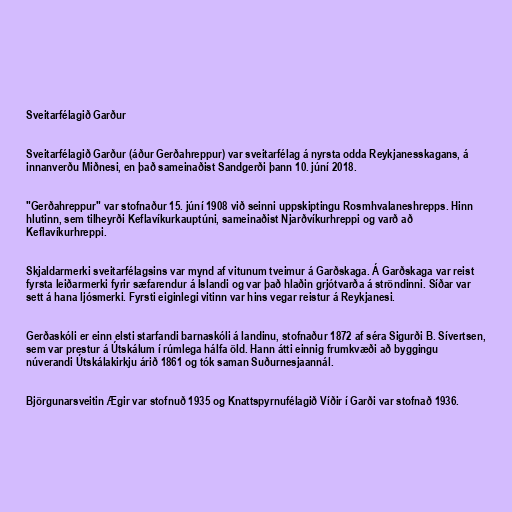
Sveitarfélagið Garður

Sveitarfélagið Garður (áður Gerðahreppur) var sveitarfélag á nyrsta odda Reykjanesskagans, á
innanverðu Miðnesi, en það sameinaðist Sandgerði þann 10. júní 2018.

"Gerðahreppur" var stofnaður 15. júní 1908 við seinni uppskiptingu Rosmhvalaneshrepps. Hinn
hlutinn, sem tilheyrði Keflavíkurkauptúni, sameinaðist Njarðvíkurhreppi og varð að
Keflavíkurhreppi.

Skjaldarmerki sveitarfélagsins var mynd af vitunum tveimur á Garðskaga. Á Garðskaga var reist
fyrsta leiðarmerki fyrir sæfarendur á Íslandi og var það hlaðin grjótvarða á ströndinni. Síðar var
sett á hana ljósmerki. Fyrsti eiginlegi vitinn var hins vegar reistur á Reykjanesi.

Gerðaskóli er einn elsti starfandi barnaskóli á landinu, stofnaður 1872 af séra Sigurði B. Sívertsen,
sem var prestur á Útskálum í rúmlega hálfa öld. Hann átti einnig frumkvæði að byggingu
núverandi Útskálakirkju árið 1861 og tók saman Suðurnesjaannál.

Björgunarsveitin Ægir var stofnuð 1935 og Knattspyrnufélagið Víðir í Garði var stofnað 1936.